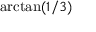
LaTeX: \arctan ( 1 / 3 )